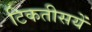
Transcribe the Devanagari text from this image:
टिकतीसयें